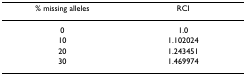
<table><thead><tr><td><b>% missing alleles</b></td><td><b>RCI</b></td></tr></thead><tbody><tr><td>0</td><td>1.0</td></tr><tr><td>10</td><td>1.102024</td></tr><tr><td>20</td><td>1.243451</td></tr><tr><td>30</td><td>1.469974</td></tr></tbody></table>